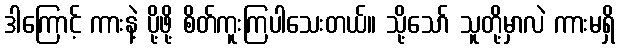
ဒါကြောင့် ကားနဲ့ ပို့ဖို့ စိတ်ကူးကြပါသေးတယ်။ သို့သော် သူတို့မှာလဲ ကားမရှိ